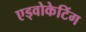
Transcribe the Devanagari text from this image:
एड्वोकेटिंग